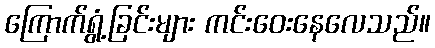
ကြောက်ရွံ့ခြင်းများ ကင်းဝေးနေလေသည်။